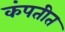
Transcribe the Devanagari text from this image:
कंपतीत